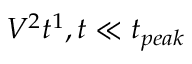
V ^ { 2 } t ^ { 1 } , t \ll t _ { p e a k }